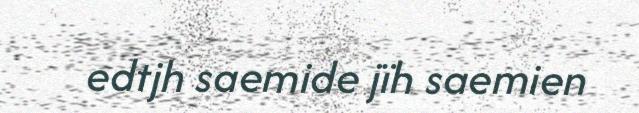
edtjh saemide jïh saemien